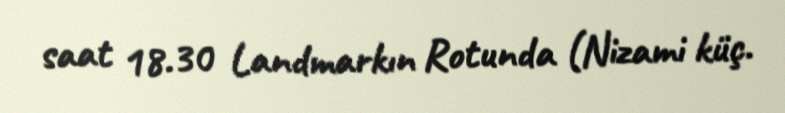
saat 18.30 Landmarkın Rotunda (Nizami küç.